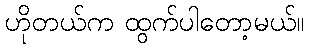
ဟိုတယ်က ထွက်ပါတော့မယ်။